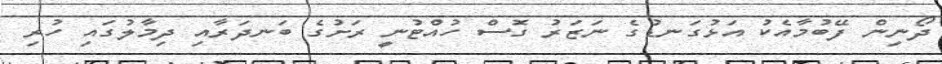
ދޯނިން ފޭބުމާއެކު އަޅުގަނޑުގެ ނަޒަރު ގޮސް ހުއްޓުނީ ރަށުގެ ބަނދަރާއި ދިމާލުގައި ހުރި